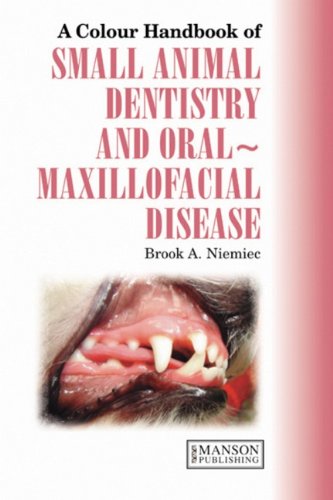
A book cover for Small Animal Dental, Oral and Maxillofacial Disease (Veterinary Color Handbook Series); Brook A. Niemiec; Medical Books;